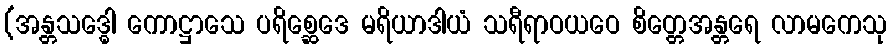
(အန္တသဒ္ဓေါ ကောဋ္ဌာသေ ပရိစ္ဆေဒေ မရိယာဒါယံ သရီရာဝယဝေ စိတ္တေအန္တရေ လာမကေသု